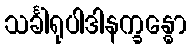
သင်္ခါရုပါဒါနက္ခန္ဓော